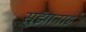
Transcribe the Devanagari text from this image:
सुझानाह